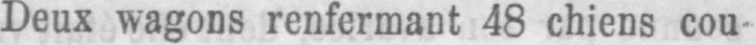
Deux wagons renfermant 48 chiens cou-